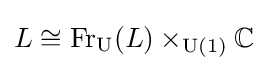
L\cong \operatorname {Fr} _{\operatorname {U} }(L)\times _{\operatorname {U} (1)}\mathbb {C}